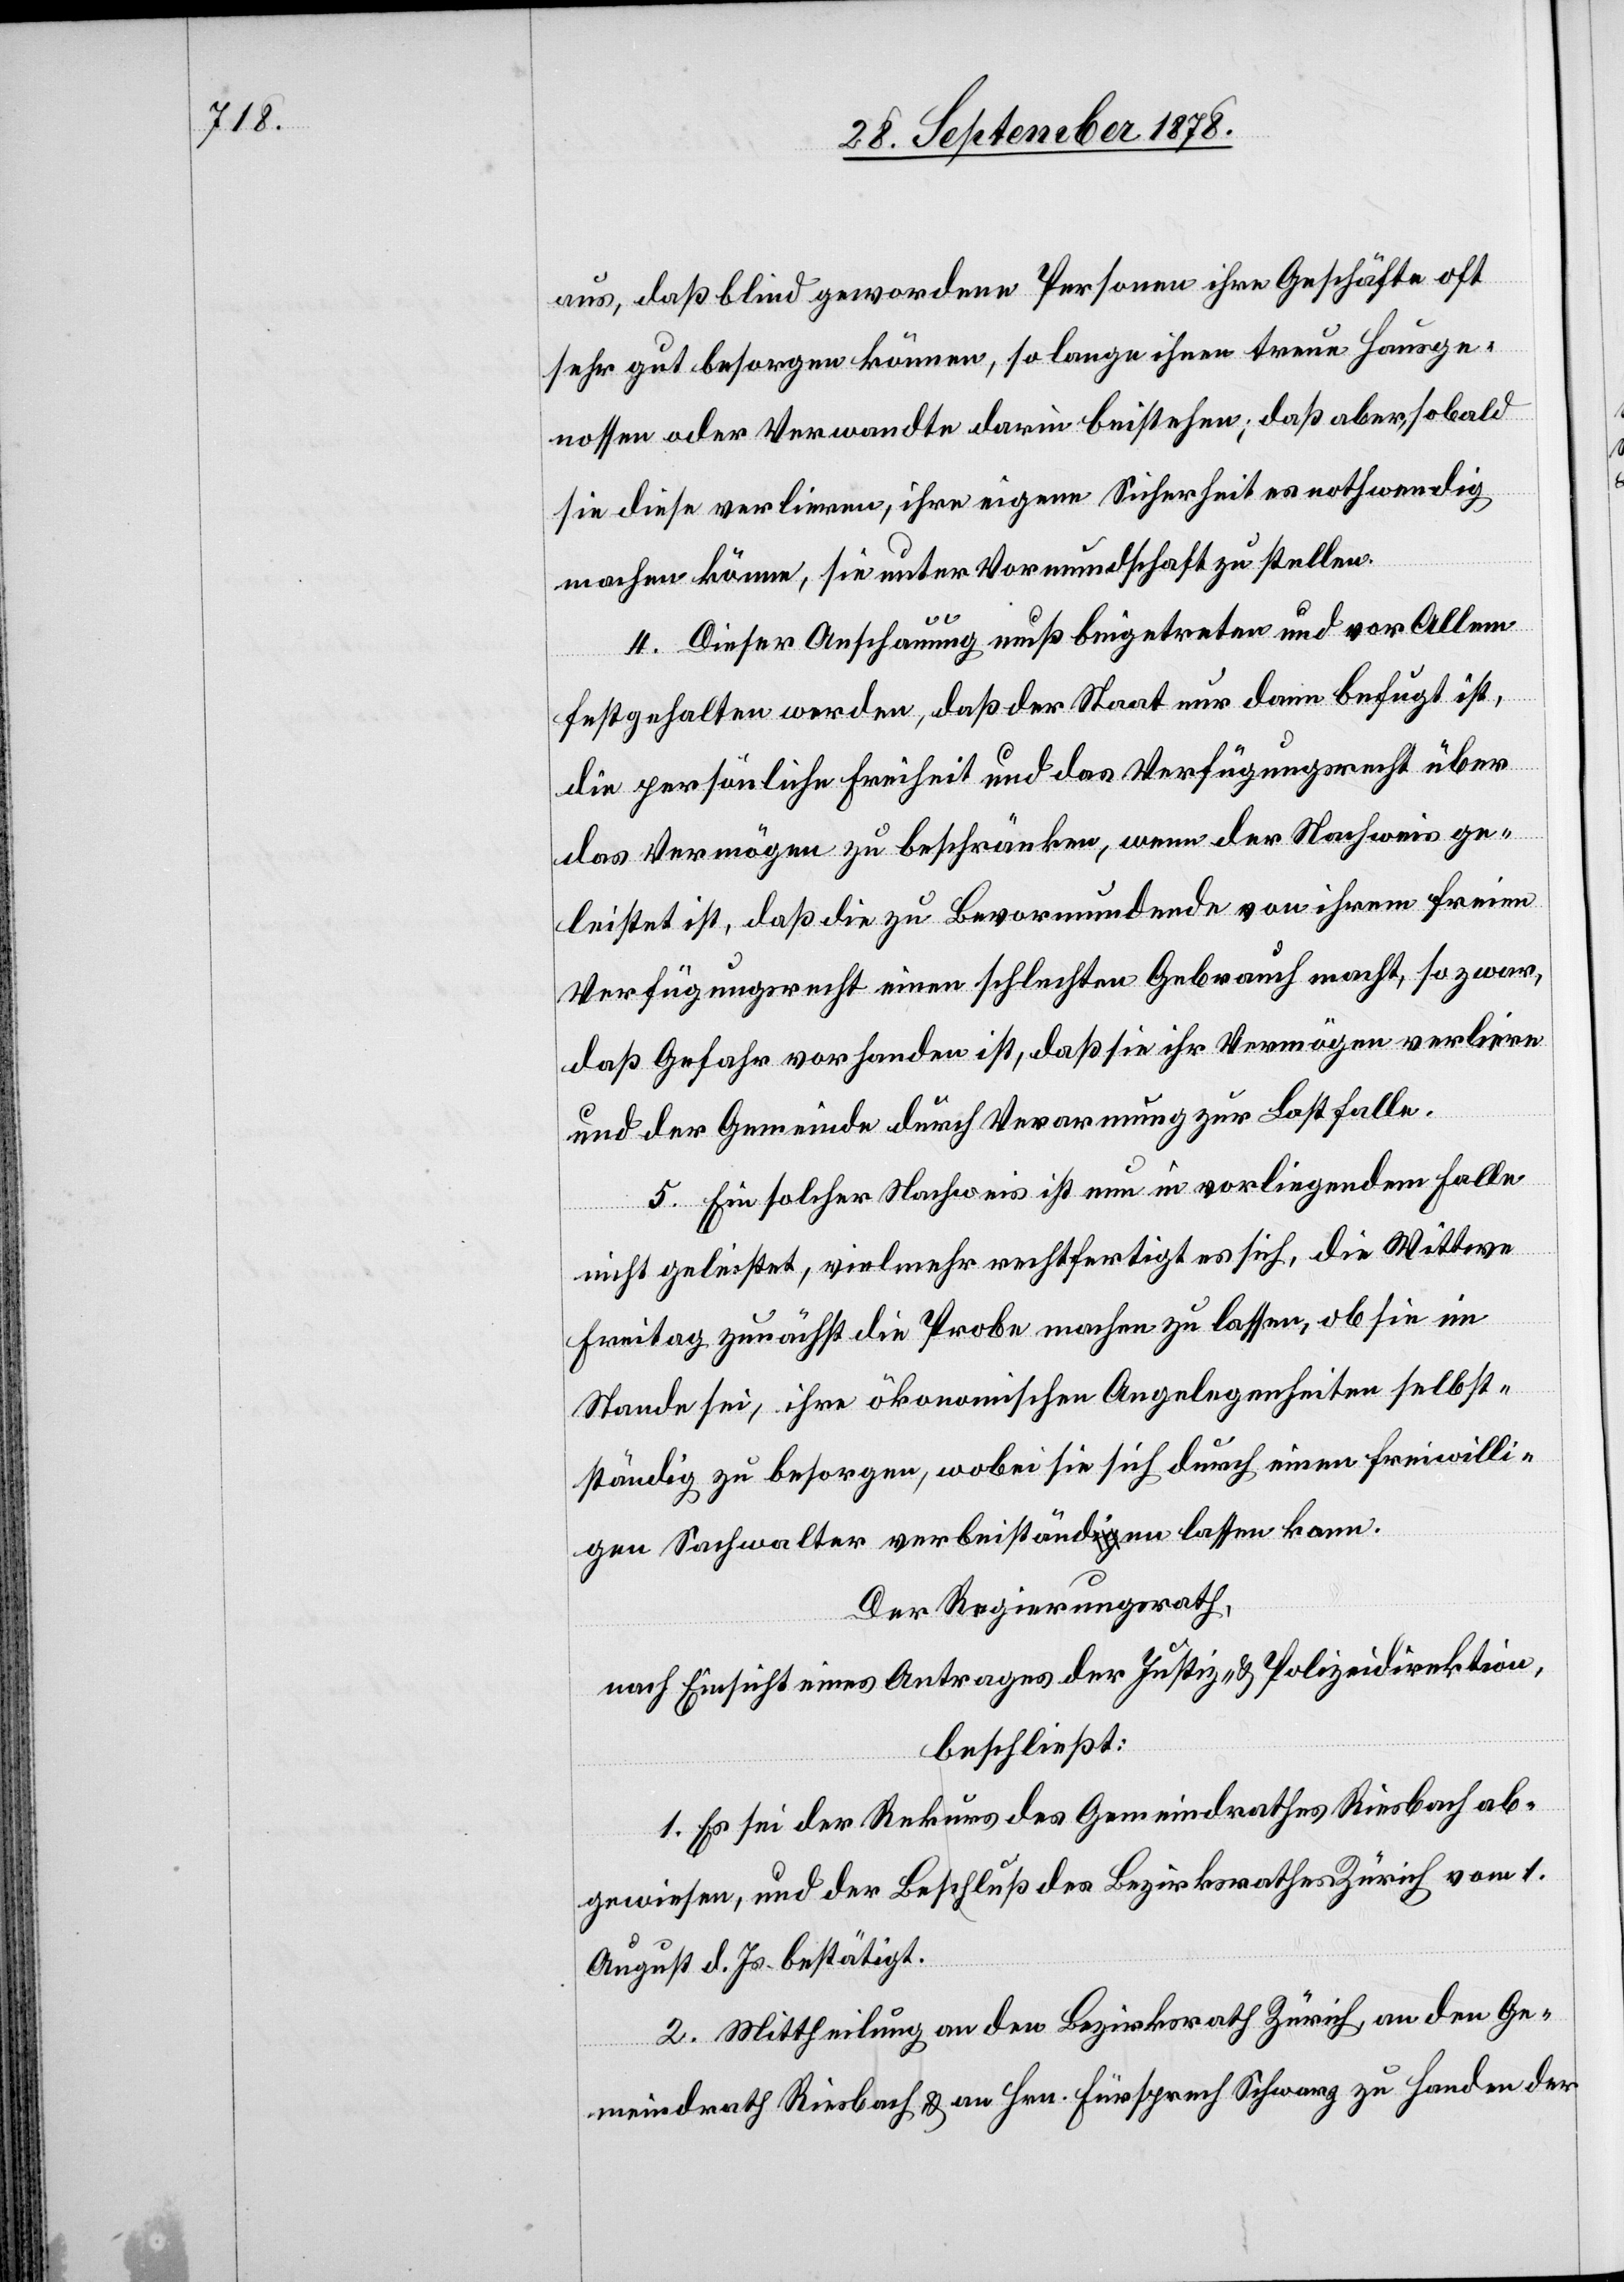
aus, daß blind gewordenen Personen ihre Geschäfte oft
sehr gut besorgen können, so lange ihnen treue Hausge¬
nossen oder Verwandte darin beistehen; daß aber, sobald
sie diese verlieren, ihre eigene Sicherheit es nothwendig
machen könne, sie unter Vormundschaft zu stellen.
4. Dieser Anschauung muß beigetreten und vor Allem
festgehalten werden, daß der Staat nur darin befugt ist,
die persönliche Freiheit und das Verfügungsrecht über
das Vermögen zu beschränken, wenn der Nachweis ge¬
leistet ist, daß die zu Bevormundende von ihrem freien
Verfügungsrecht einen schlechten Gebrauch macht, so zwar,
daß Gefahr vorhanden ist, daß sie ihr Vermögen verlieren
und der Gemeinde durch Verarmung zur Last falle.
5. Ein solcher Nachweis ist nun in vorliegendem Falle
nicht geleistet, vielmehr rechtfertigt es sich, die Wittwe
Freitag zunächst die Probe machen zu lassen, ob sie im
Stande sei, ihre ökonomischen Angelegenheiten selbst¬
ständig zu besorgen, wobei sie sich durch einen freiwilli¬
gen Sachwalter verbeistända-ig-aen lassen kann.
Der Regierungsrath,
nach Einsicht eines Antrages der Justiz- & Polizeidirektion,
beschließt:
1. Es sei der Rekurs des Gemeindrathes Riesbach ab¬
gewiesen, und der Beschluß des Bezirksrathes Zürich vom 1.
August d. Js. bestätigt.
2. Mittheilung an den Bezirksrath Zürich, an den Ge¬
meindrath Riesbach & an Hrn. Fürsprech Schwarz zu Handen der